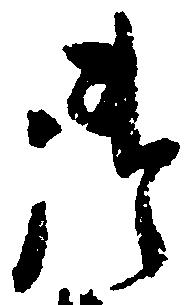
御